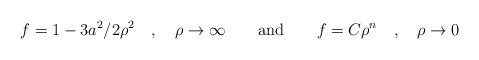
\begin{align*}f=1-3a^{2}/2\rho ^{2}\quad ,\quad \rho \rightarrow \infty \quad \quad \mbox{and}\quad \quad f=C\rho ^{n}\quad ,\quad \rho \rightarrow 0 \end{align*}